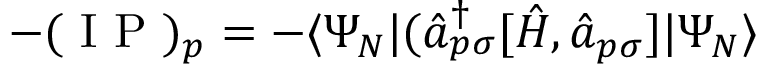
- ( \mathrm { ~ I ~ P ~ } ) _ { p } = - \langle \Psi _ { N } | ( \hat { a } _ { p \sigma } ^ { \dagger } [ \hat { H } , \hat { a } _ { p \sigma } ] | \Psi _ { N } \rangle